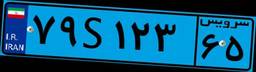
۱۰S۰۸۲۱۰